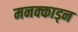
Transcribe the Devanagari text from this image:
मनक्काड्न